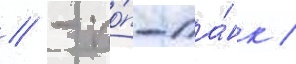
// - по́п-па́нк /